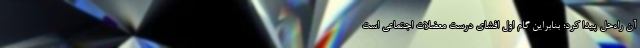
آن راه‌حل پیدا کرد؛ بنابراین گام اول افشای درست معضلات اجتماعی است